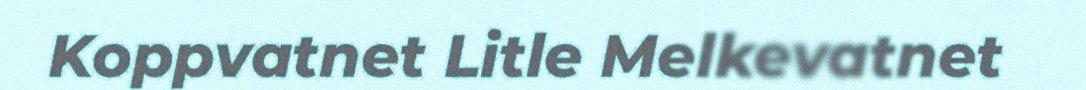
Koppvatnet Litle Melkevatnet